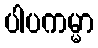
ပါပကမ္မာ